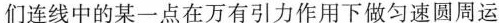
们连线中的某一点在万有引力作用下做匀速圆周运